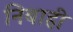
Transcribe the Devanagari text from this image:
निबाही